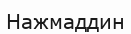
Нажмаддин